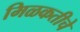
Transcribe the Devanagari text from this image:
मिळकतीचे